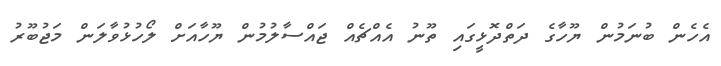
އެހެން ބުނަމުން ޔޫހާގެ ދަތްދޮޅީގައި ތޫނު އެއްޗެއް ޖައްސާލުމުން ޔޫހާއަށް ލޯހުޅުވާލަން މަޖުބޫރު